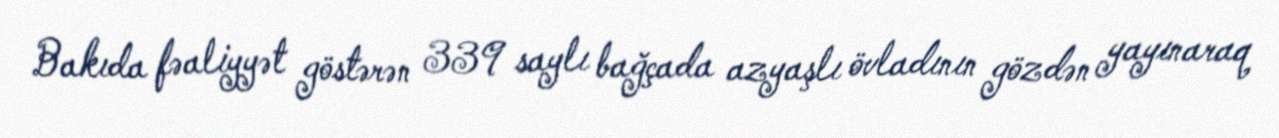
Bakıda fəaliyyət göstərən 339 saylı bağçada azyaşlı övladının gözdən yayınaraq